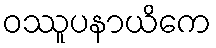
ဝဿူပနာယိကေ